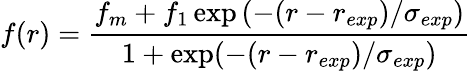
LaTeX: f(r)=\frac{f_{m}+f_{1}\exp\left(-(r-r_{exp})/\sigma_{exp}\right)}{1+\exp(-(r-r_{exp})/\sigma_{exp})}